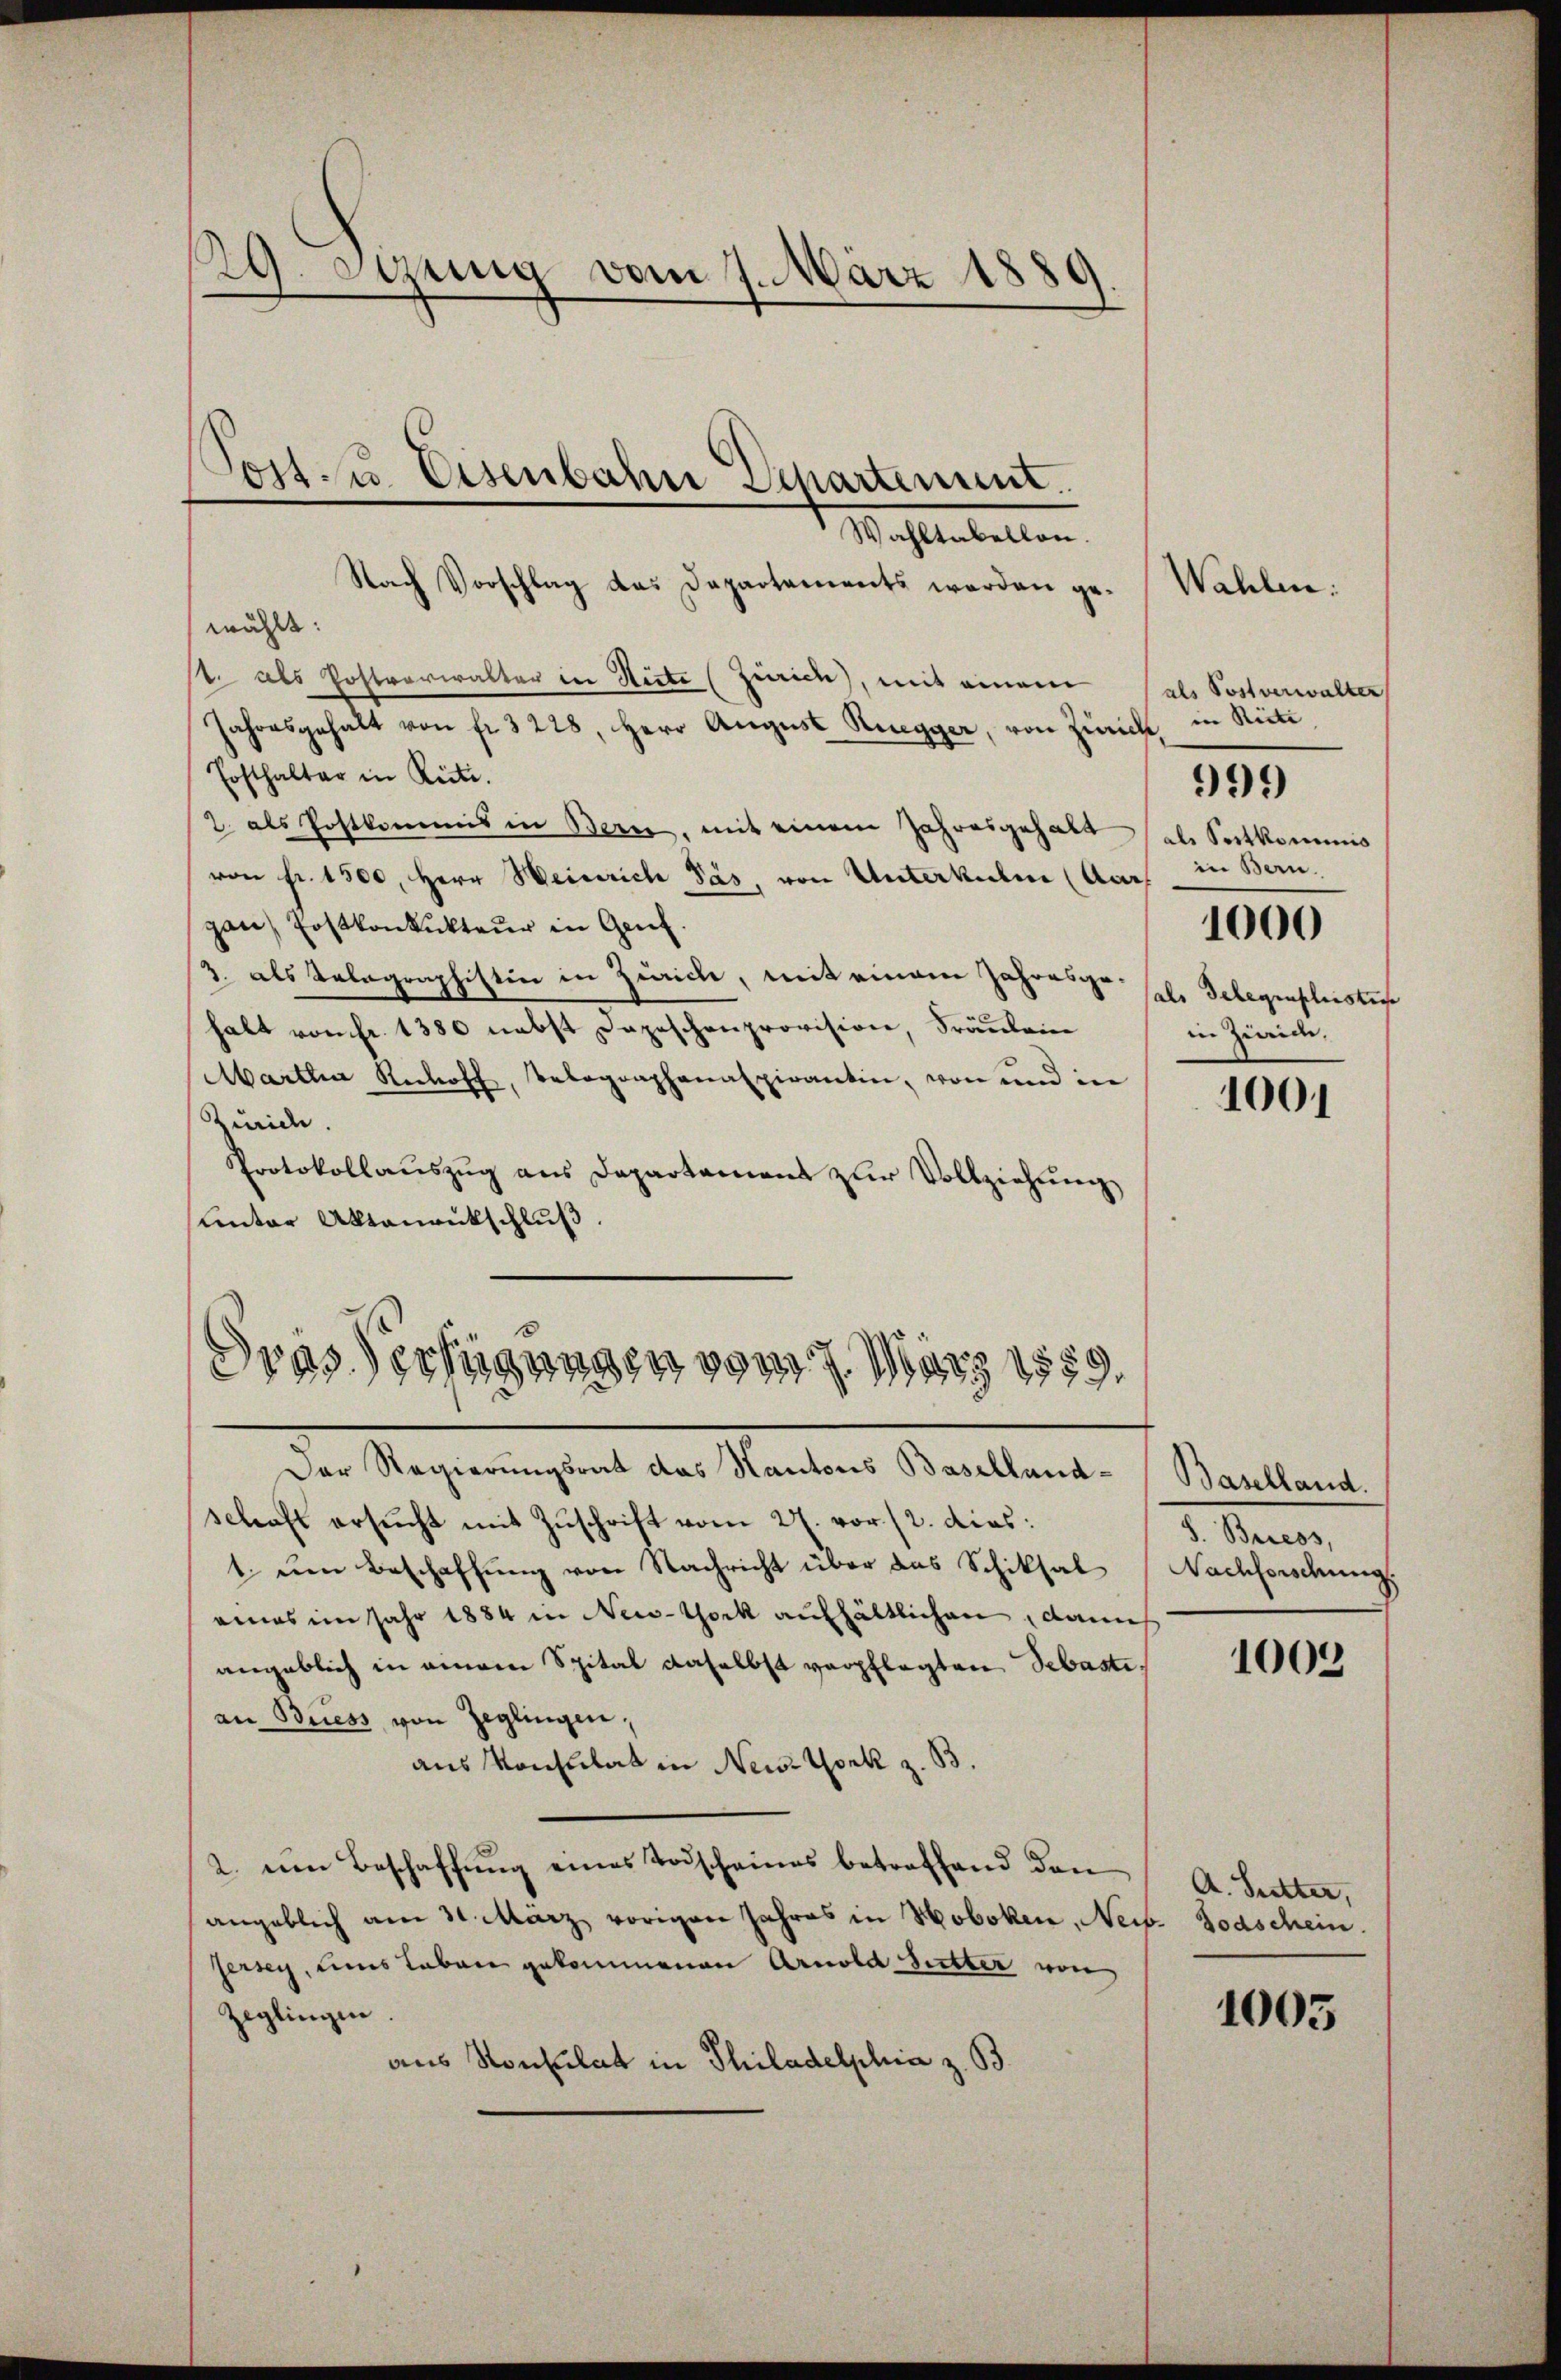
29. Stung vom 7. März 1889

wählt:
. als Postverwalter in Hirte (Zürich, mit einem
Jahresgehalt von fr. 3228 Herr August Ruegger, von Zürich,
Posthalter in Reite.
2 als Postkommis in Bern, mit einem Jahresgehalt als Sortkommis
von fr. 1500, Herr Weinrich Pas, von Unterkulm (Aars in Bern.
gan, Postkonkŭkteŭr in Genf.
3. als Telegraphistin in Zürich, mit einem Jahres zu sel. Gelegraphiester
halt vom fr. 1380 nebst Depeschenprovision, Fräulein
Martia Rechoff, Belegraphanaspirantin, von und in
Zürich.
Protokollauszug aus Departement zur Vollziehung
Unter Aktenrückschluß.
Dras Verfügungen vom 7. März 1859.

Post- u. Eisenbahn Departement.
Wahltabellen.
Nach Vorschlag das Departements werden ge- Wahlen:

Der Regierungsrat das Kantons Baselland-

als Postverwalter
in Riete
1000
in Zürich,

schaft ersucht mit Zuschrift vom 27. vor 12. dies:
t ŭm Beschaffŭng von Nachricht über das Schiksal (Nachforschung
eines im Jahr 1884 in New-York aufhältlichen, dann
angeblich in einem Spital daselbst verpflegten Sebaste
an Briess von Jeglingen;
aus Konsulat in New York z. B.
2. ein Beschaffŭng eines Todscheines betreffend den
angeblich am 31. März vorigen Jahres in Hoboken, Neis
Jersey, ums Leben gekommenen Arnold Sitter von
Zeglingen.
aus Konsulat in Philadelphia z. B.

999

1001

Baselland.
8. Briess,

1009

A. Sutter,
v. Todschein

1005